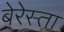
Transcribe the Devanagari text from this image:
बेरेस्ता